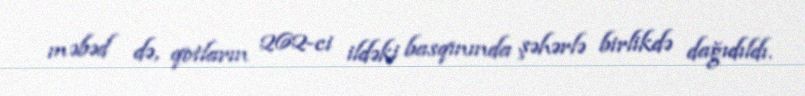
məbəd də, qotların 262-ci ildəki basqınında şəhərlə birlikdə dağıdıldı.